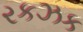
રકઝક